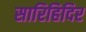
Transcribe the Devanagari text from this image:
सारिहिदिर